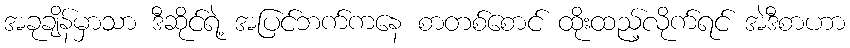
အခုချိန်မှာသာ ဒီဆိုင်ရဲ့ အပြင်ဘက်ကနေ စာတစ်စောင် ထိုးထည့်လိုက်ရင် အဲဒီစာဟာ